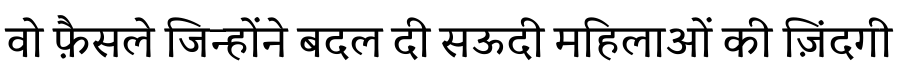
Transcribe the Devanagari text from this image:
वो फ़ैसले जिन्होंने बदल दी सऊदी महिलाओं की ज़िंदगी